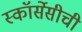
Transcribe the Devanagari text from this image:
स्कॉर्सेसीची